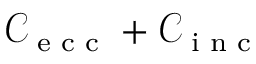
\mathcal { C } _ { \textnormal { \scriptsize e c c } } + \mathcal { C } _ { \textnormal { \scriptsize i n c } }